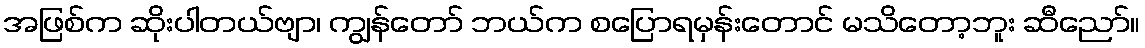
အဖြစ်က ဆိုးပါတယ်ဗျာ၊ ကျွန်တော် ဘယ်က စပြောရမှန်းတောင် မသိတော့ဘူး ဆီညော်။